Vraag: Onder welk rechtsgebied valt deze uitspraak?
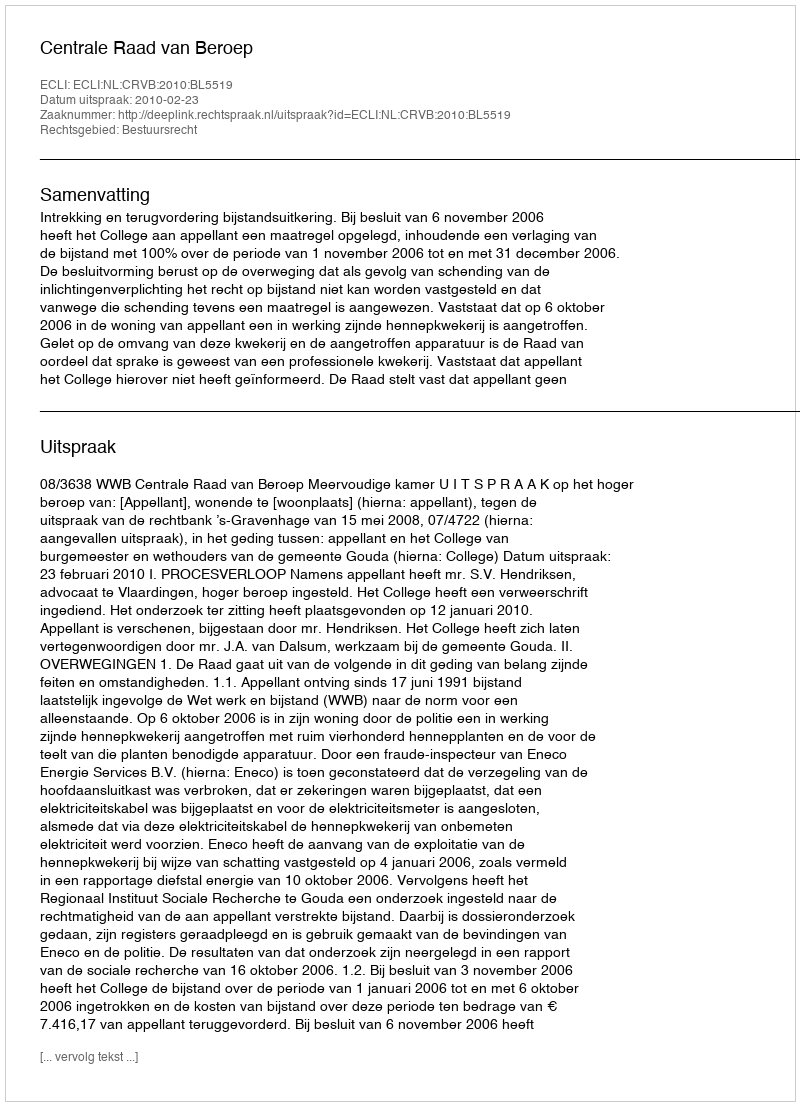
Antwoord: Bestuursrecht